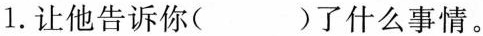
1.让他告诉你( )了什么事情。